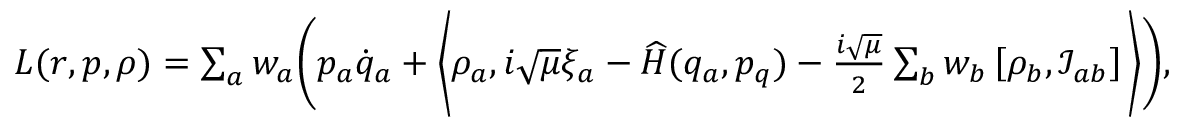
\begin{array} { r } { L ( r , p , \rho ) = \sum _ { a } w _ { a } \bigg ( p _ { a } \dot { q } _ { a } + \bigg \langle \rho _ { a } , i \sqrt { \mu } \xi _ { a } - \widehat H ( q _ { a } , p _ { q } ) - \frac { i \sqrt { \mu } } 2 \sum _ { b } w _ { b } \left[ \rho _ { b } , \mathcal { I } _ { a b } \right] \bigg \rangle \bigg ) , } \end{array}